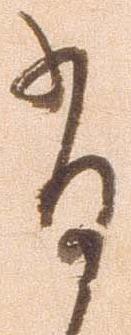
有